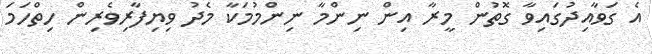
އެ ގަވާއިދުގައިވާ ގޮތުން މީރާ އިން ނިންމާ ނިންމުމަކާ މެދު ވިޔިފާރިވެރިން ހިތްހަމަ